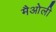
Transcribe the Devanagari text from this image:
मैओली